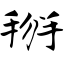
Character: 掰